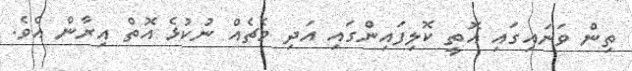
ތިން ވަނައިގައި އޮތީ ކޮލިފައިންގައި އަދި މެޗެއް ނުކުޅެ އޮތް އިރާން އެވެ.